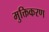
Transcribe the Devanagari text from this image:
मुक्तिकरण